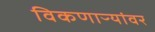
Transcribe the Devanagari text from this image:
विकणाऱ्यांवर